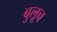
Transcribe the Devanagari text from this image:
बुलूच